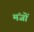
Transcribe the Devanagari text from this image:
मंजों